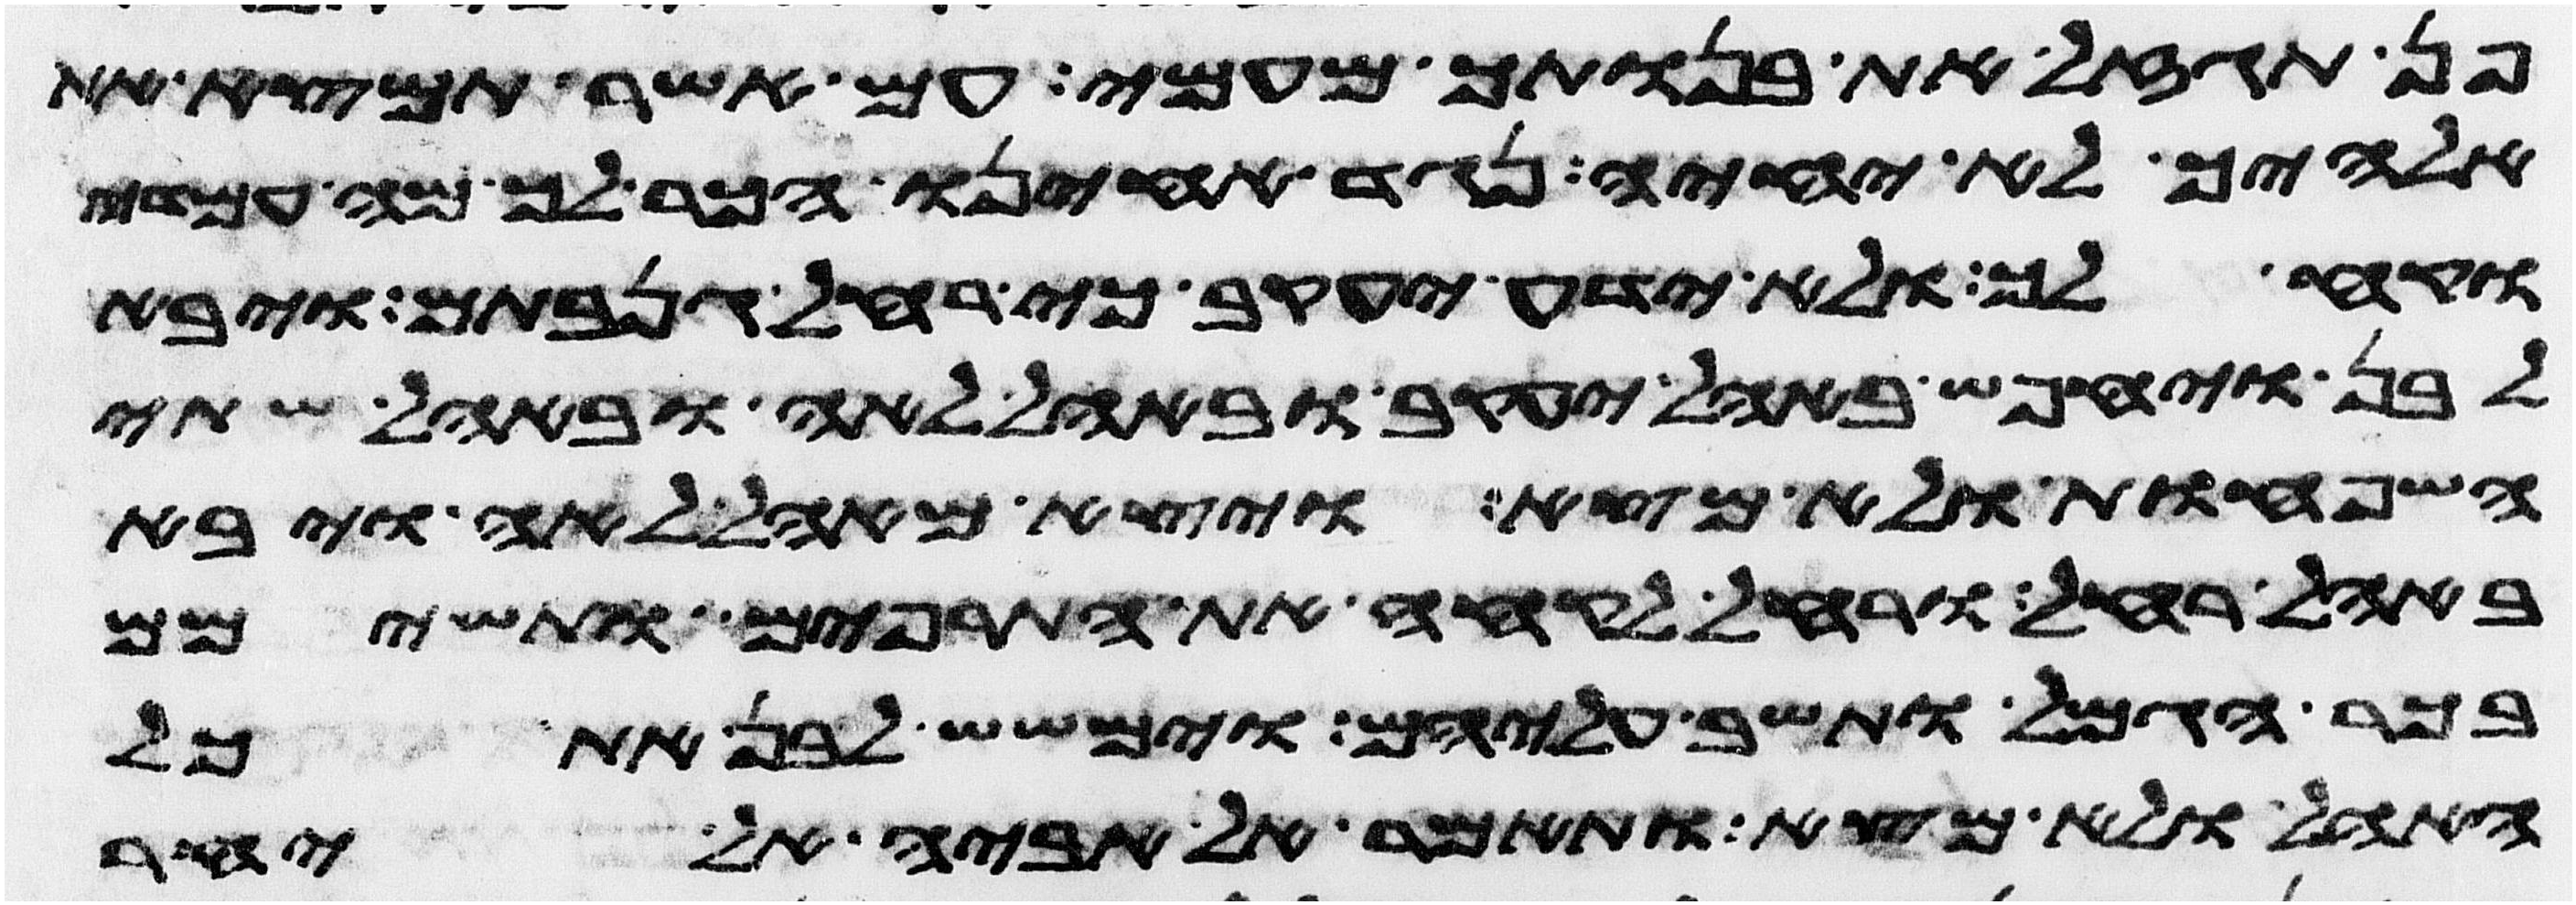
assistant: פן תגזל את בנותך מעמי עם אשר תמצא את
אלהיך לא יחיה נגד אחינו הכר לך מה עמדי
וקח לך ולא ידע יעקב כי רחל גנבתם ויבא
לבן ויחפש באהל יעקב ובאהל לאה ובאהל שתי
השפחות ולא מצא ויצא מאהל לאה ויבא
באהל רחל ורחל לקחה את התרפים ותשימם
בכר הגמל ותשב עליהם וימשש לבן את כל
האהל ולא מצא ותאמר אל אביה אל יחר